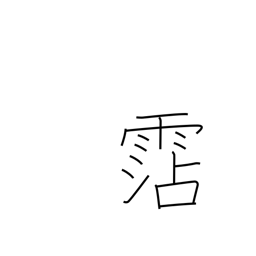
Meaning: water